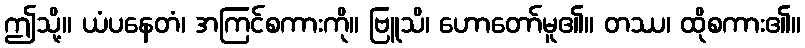
ဤသို့။ ယံပနေတံ၊ အကြင်စကားကို။ ဗြူသိ၊ ဟောတော်မူ၏။ တဿ၊ ထိုစကား၏။